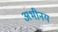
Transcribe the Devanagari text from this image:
अभीनय